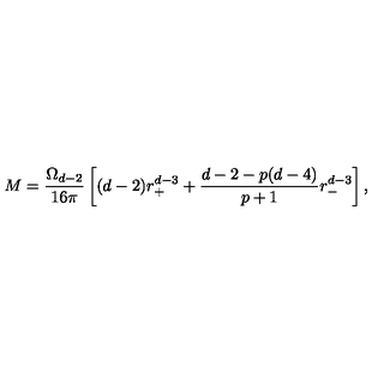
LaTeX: M = \frac { \Omega _ { d - 2 } } { 1 6 \pi } \left[ ( d - 2 ) r _ { + } ^ { d - 3 } + \frac { d - 2 - p ( d - 4 ) } { p + 1 } r _ { - } ^ { d - 3 } \right] ,